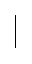
\mid